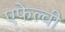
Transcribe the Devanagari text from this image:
एफेल्वी